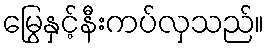
မြွေနှင့်နီးကပ်လှသည်။